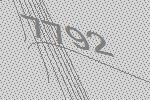
7792